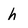
Character: h